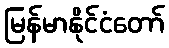
မြန်မာနိုင်ငံတော်